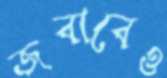
জবাবেও